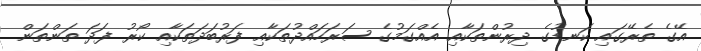
އޭގެ ތެރޭގައި ކަނޑުގެ ދިރުންތަކާއި އެއްގަމުގެ ސަރަހައްދުތަކާއި ފަރުބަދަތަކާއި ކޯރު ފަދަ ތަންތަން